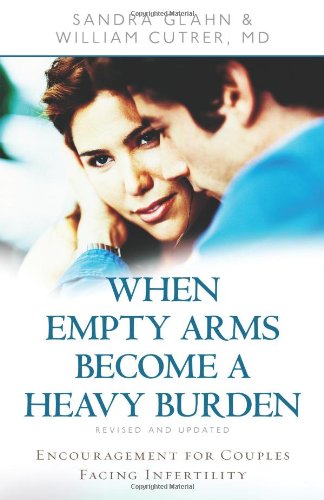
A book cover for When Empty Arms Become a Heavy Burden: Encouragement for Couples Facing Infertility; Sandra Glahn; Health, Fitness & Dieting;